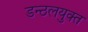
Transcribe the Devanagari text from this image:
डन्ठलयुक्त